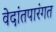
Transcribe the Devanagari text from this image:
वेदांतपारंगत